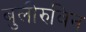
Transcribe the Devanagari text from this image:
बुलीरुबिन